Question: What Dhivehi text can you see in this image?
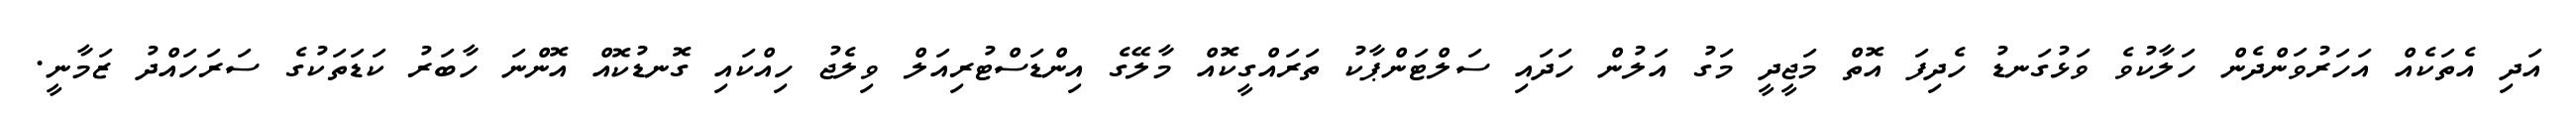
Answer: އަދި އެތަކެއް އަހަރުވަންދެން ހަލާކުވެ ވަޅުގަނޑު ހެދިފަ އޮތް މަޖީދީ މަގު އަލުން ހަދައި ސަލްޓަންޕާކު ތަރައްގީކޮއް މާލޭގެ އިންޑަސްޓުރިއަލް ވިލެޖު ހިއްކައި ގޮނޑުކޮއް އޮންނަ ހާބަރު ކަޑަތަކުގެ ސަރަހައްދު ޒަމާނީ.